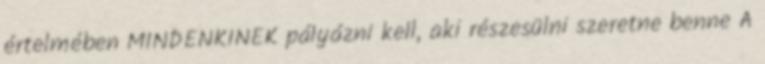
értelmében MINDENKINEK pályázni kell, aki részesülni szeretne benne A